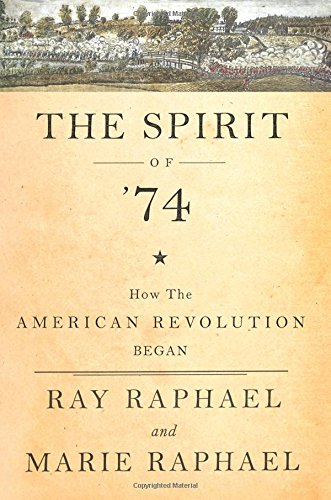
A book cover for The Spirit of 74: How the American Revolution Began; Ray Raphael; History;